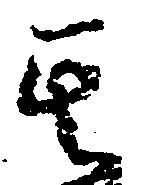
其